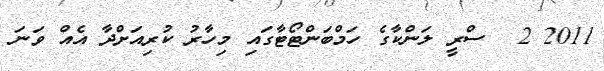
2011 2  ސްރީ ލަންކާގެ ހަމްބަންޓޯޓާގައި މިހާރު ކުރިއަށްދާ އެއް ވަނަ